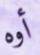
أوه